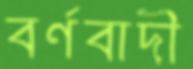
বর্ণবাদী